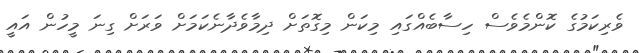
ވެރިކަމުގެ ކޮންމެވެސް ހިސާބެއްގައި މިކަން މިގޮތަށް ދިމާވެދާނެކަމަށް ވަރަށް ގިނަ މީހުން އައީ